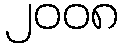
၂၀၀၈